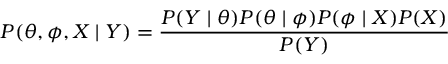
P ( \theta , \phi , X \mid Y ) = { \frac { P ( Y \mid \theta ) P ( \theta \mid \phi ) P ( \phi \mid X ) P ( X ) } { P ( Y ) } }